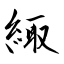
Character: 緅